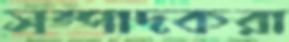
সম্পাদকরা